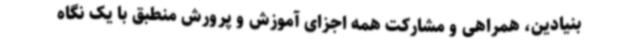
بنیادین، همراهی و مشارکت همه اجزای آموزش و پرورش منطبق با یک نگاه